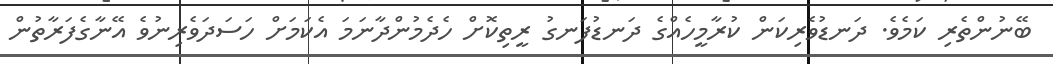
ބޭނުންތެރި ކަމެވެ. ދަނޑުވެރިކަން ކުރާމީހެއްގެ ދަނޑުފަނގު ރީތިކޮށް ހެދެމުންދާނަމަ އެކަމަށް ހަސަދަވެރިނުވެ އޭނާގެފަރާތުން